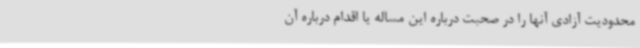
محدودیت آزادی آنها را در صحبت درباره این مساله یا اقدام درباره آن